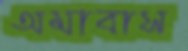
অমাবাস